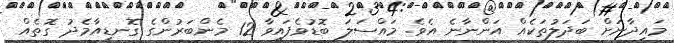
މައިދާނަށް ބަދަލުތަކެއް އަންނާނެ އެވެ. މައްސަލަ ބޮޑުވެފައިވާ 12 މެންބަރުންގެ ގޮނޑިއާމެދު ގޮތެއް